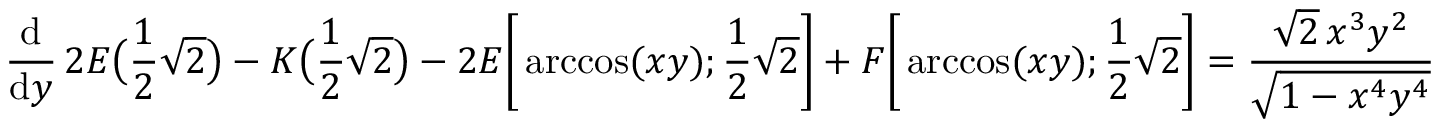
{ \frac { \mathrm { d } } { \mathrm { d } y } } \, 2 E { \bigl ( } { \frac { 1 } { 2 } } { \sqrt { 2 } } { \bigr ) } - K { \bigl ( } { \frac { 1 } { 2 } } { \sqrt { 2 } } { \bigr ) } - 2 E { \biggl [ } \operatorname { a r c c o s } ( x y ) ; { \frac { 1 } { 2 } } { \sqrt { 2 } } { \biggr ] } + F { \biggl [ } \operatorname { a r c c o s } ( x y ) ; { \frac { 1 } { 2 } } { \sqrt { 2 } } { \biggr ] } = { \frac { { \sqrt { 2 } } \, x ^ { 3 } y ^ { 2 } } { \sqrt { 1 - x ^ { 4 } y ^ { 4 } } } }